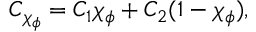
C _ { \chi _ { \phi } } = C _ { 1 } \chi _ { \phi } + C _ { 2 } ( 1 - \chi _ { \phi } ) ,